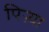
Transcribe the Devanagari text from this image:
पिऱ्या